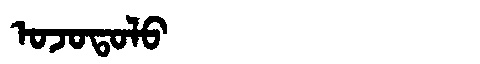
Manchu: ᠣᠵᠣᡨᠣᠯᠣ
Romanization: OJOTOLO